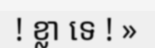
! ខ្លា ទេ ! »